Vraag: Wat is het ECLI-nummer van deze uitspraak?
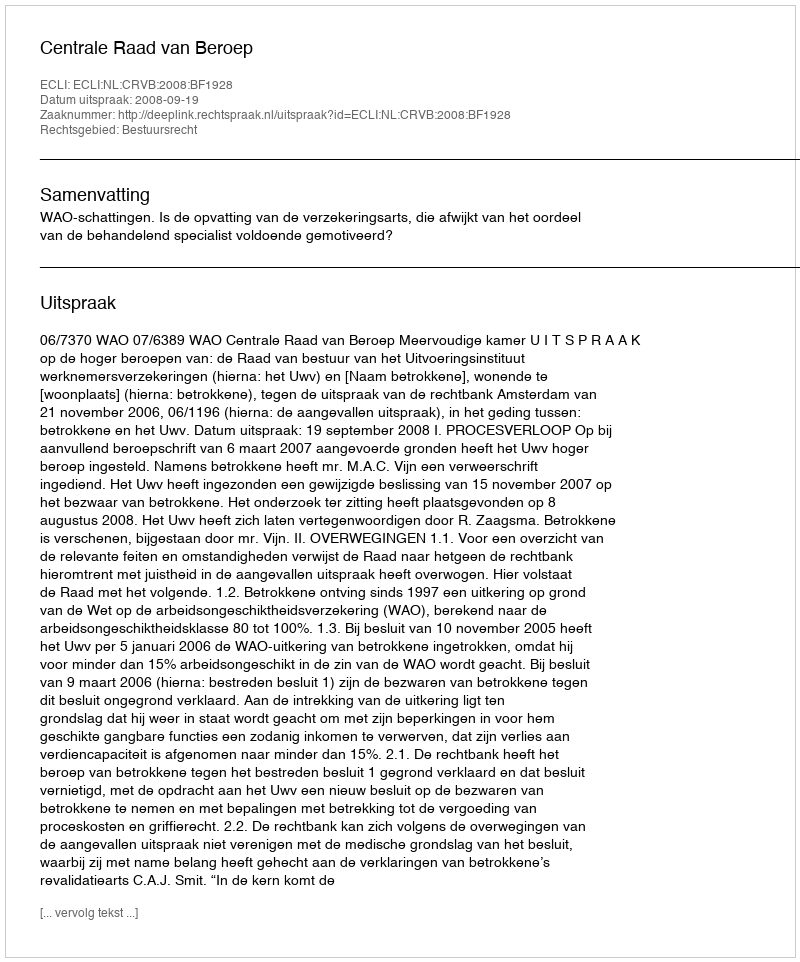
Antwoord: ECLI:NL:CRVB:2008:BF1928